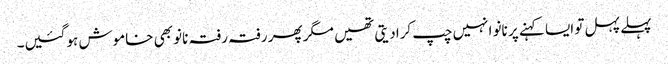
پہلے پہل تو ایسا کہنے پر نانو انہیں چپ کرادیتی تھیں مگر پھر رفتہ رفتہ نانو بھی خاموش ہوگئیں۔